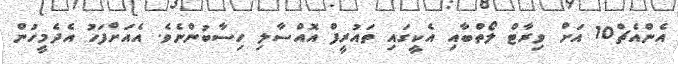
އެންއެޗް10 އަށް ވިރާޓް ލޯތްބާއި އެކީގައި ތައުރީފް އޮއްސާލި ހިސާބުންނެވެ. އެއަށްފަހު އެދެމީހުން